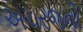
અચરજની